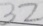
3 2